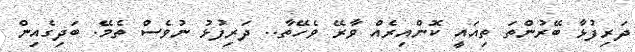
ދަރިފުޅާ ބޭރުންތަ ތިއައީ ކޮންއިރެއް ވާރޭ ވެހޭތާ.. ދަރިފުޅު ނުވެސް ތެމޭ. ބަދިގެއިން